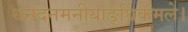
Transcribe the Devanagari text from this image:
धनदनमनीयाङ्‌घ्रिकमले।